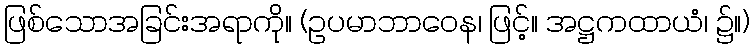
ဖြစ်သောအခြင်းအရာကို။ (ဥပမာဘာဝေန၊ ဖြင့်။ အဋ္ဌကထာယံ၊ ၌။)